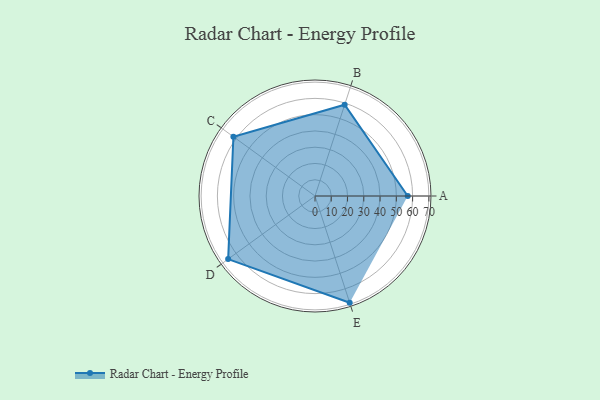
{"axis": {"x": "Skill", "y": "Score"}, "legend": ["Profile"], "data": [{"x": "A", "y": 57.0, "type": "Profile"}, {"x": "B", "y": 59.0, "type": "Profile"}, {"x": "C", "y": 62.0, "type": "Profile"}, {"x": "D", "y": 66.0, "type": "Profile"}, {"x": "E", "y": 69.0, "type": "Profile"}]}